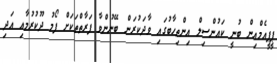
ޕީޕީއެމްއިން ބުނީ ކައުންސިލް އިންތިހާބުގައި ވާދަކުރަން ބޭނުންވާ ފަރާތްތަކަށް ފޯމު ދޫކުރުމާއި އަދި